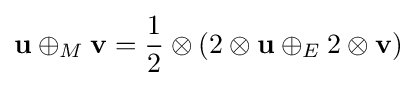
\mathbf {u} \oplus _{M}\mathbf {v} ={\frac {1}{2}}\otimes \left({2\otimes \mathbf {u} \oplus _{E}2\otimes \mathbf {v} }\right)